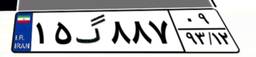
۱۹گ۵۱۸۴۱